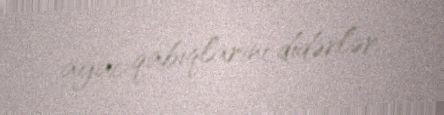
ağac qabıqlarını didərlər.